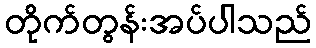
တိုက်တွန်းအပ်ပါသည်